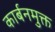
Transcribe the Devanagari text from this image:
कार्बनमुक्त